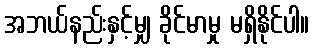
အဘယ်နည်းနှင့်မျှ ခိုင်မာမှု မရှိနိုင်ပါ။